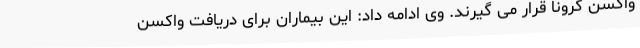
واکسن کرونا قرار می گیرند. وی ادامه داد: این بیماران برای دریافت واکسن